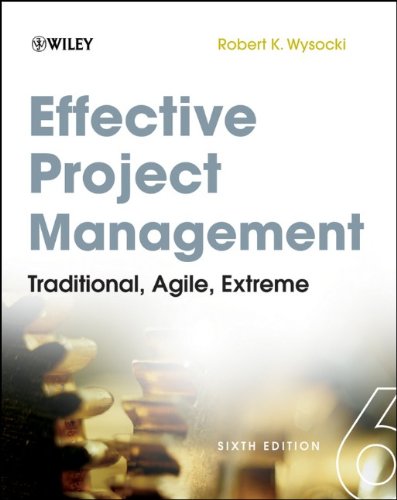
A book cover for Effective Project Management: Traditional, Agile, Extreme; Robert K. Wysocki; Computers & Technology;